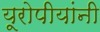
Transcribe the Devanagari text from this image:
यूरोपीयांनी